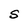
Character: S